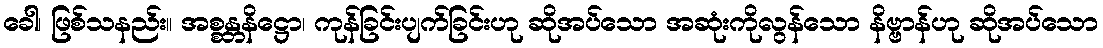
ခေါ၊ ဖြစ်သနည်း။ အစ္စန္တနိဋ္ဌော၊ ကုန်ခြင်းပျက်ခြင်းဟု ဆိုအပ်သော အဆုံးကိုလွန်သော နိဗ္ဗာန်ဟု ဆိုအပ်သော